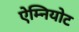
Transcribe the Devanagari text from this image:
ऐम्नियोट